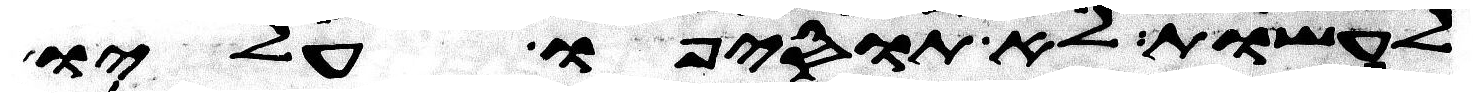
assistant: לעשות לא תוסיפו עליו